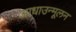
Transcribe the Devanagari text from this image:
आधाउन्मूलन